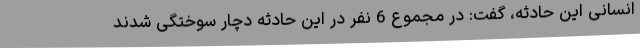
انسانی این حادثه، گفت: در مجموع 6 نفر در این حادثه دچار سوختگی شدند